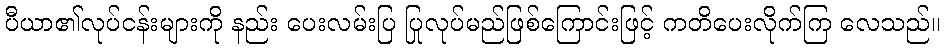
ပီယာ၏လုပ်ငန်းများကို နည်း ပေးလမ်းပြ ပြုလုပ်မည်ဖြစ်ကြောင်းဖြင့် ကတိပေးလိုက်ကြ လေသည်။